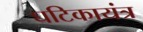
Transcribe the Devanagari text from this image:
घटिकायंत्र